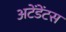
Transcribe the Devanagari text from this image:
अटेंडेंटस